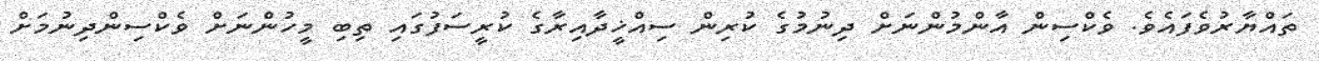
ތައްޔާރުވެފައެވެ. ވެކްސިން އާންމުންނަށް ދިނުމުގެ ކުރިން ސިއްޚީދާއިރާގެ ކުރީސަފުގައި ތިބި މީހުންނަށް ވެކްސިންދިނުމަށް